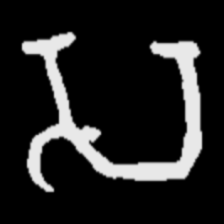
Pyu character \u2014 Myanmar letter: သ (romanized: sa)